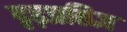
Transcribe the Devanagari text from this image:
दृढ़प्रतिज्ञ